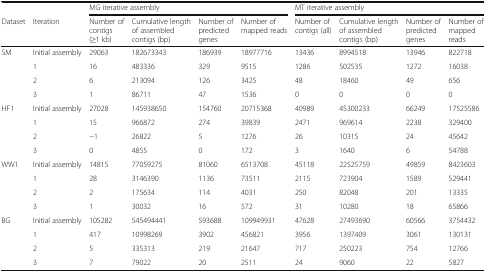
<table><thead><tr><td></td><td></td><td colspan="4"><b>MG iterative assembly</b></td><td colspan="4"><b>MT iterative assembly</b></td></tr><tr><td><b>Dataset</b></td><td><b>Iteration</b></td><td><b>Number of contigs (≥1 kb)</b></td><td><b>Cumulative length of assembled contigs (bp)</b></td><td><b>Number of predicted genes</b></td><td><b>Number of mapped reads</b></td><td><b>Number of contigs (all)</b></td><td><b>Cumulative length of assembled contigs (bp)</b></td><td><b>Number of predicted genes</b></td><td><b>Number of mapped reads</b></td></tr></thead><tbody><tr><td rowspan="4">SM</td><td>Initial assembly</td><td>29063</td><td>182673343</td><td>186939</td><td>18977716</td><td>13436</td><td>8994518</td><td>13946</td><td>822718</td></tr><tr><td>1</td><td>16</td><td>483336</td><td>329</td><td>9515</td><td>1286</td><td>502535</td><td>1272</td><td>16038</td></tr><tr><td>2</td><td>6</td><td>213094</td><td>126</td><td>3425</td><td>48</td><td>18460</td><td>49</td><td>656</td></tr><tr><td>3</td><td>1</td><td>86711</td><td>47</td><td>1536</td><td>0</td><td>0</td><td>0</td><td>0</td></tr><tr><td rowspan="4">HF1</td><td>Initial assembly</td><td>27028</td><td>145938650</td><td>154760</td><td>20715368</td><td>40989</td><td>45300233</td><td>66249</td><td>17525586</td></tr><tr><td>1</td><td>15</td><td>966872</td><td>274</td><td>39839</td><td>2471</td><td>969614</td><td>2238</td><td>329400</td></tr><tr><td>2</td><td>−1</td><td>26822</td><td>5</td><td>1276</td><td>26</td><td>10315</td><td>24</td><td>45642</td></tr><tr><td>3</td><td>0</td><td>4855</td><td>0</td><td>172</td><td>3</td><td>1640</td><td>6</td><td>54788</td></tr><tr><td rowspan="4">WW1</td><td>Initial assembly</td><td>14815</td><td>77059275</td><td>81060</td><td>6513708</td><td>45118</td><td>22525759</td><td>49859</td><td>8423603</td></tr><tr><td>1</td><td>28</td><td>3146390</td><td>1136</td><td>73511</td><td>2115</td><td>723904</td><td>1589</td><td>529441</td></tr><tr><td>2</td><td>2</td><td>175634</td><td>114</td><td>4031</td><td>250</td><td>82048</td><td>201</td><td>13335</td></tr><tr><td>3</td><td>1</td><td>30032</td><td>16</td><td>572</td><td>31</td><td>10280</td><td>18</td><td>65866</td></tr><tr><td rowspan="4">BG</td><td>Initial assembly</td><td>105282</td><td>545494441</td><td>593688</td><td>109949931</td><td>47628</td><td>27493690</td><td>60566</td><td>3754432</td></tr><tr><td>1</td><td>417</td><td>10998269</td><td>3902</td><td>456821</td><td>3956</td><td>1397409</td><td>3061</td><td>130131</td></tr><tr><td>2</td><td>5</td><td>335313</td><td>219</td><td>21647</td><td>717</td><td>250223</td><td>754</td><td>12766</td></tr><tr><td>3</td><td>7</td><td>79022</td><td>20</td><td>2511</td><td>24</td><td>9060</td><td>22</td><td>5827</td></tr></tbody></table>